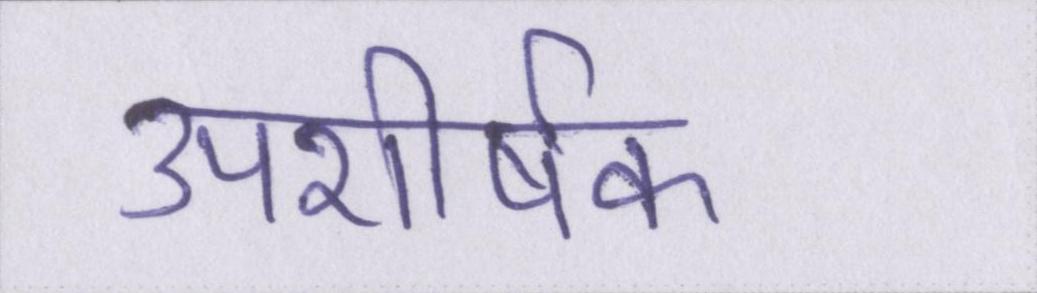
उपशीर्षक